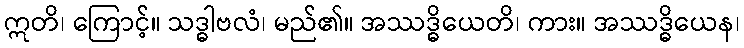
ဣတိ၊ ကြောင့်။ သဒ္ဓါဗလံ၊ မည်၏။ အဿဒ္ဓိယေတိ၊ ကား။ အဿဒ္ဓိယေန၊